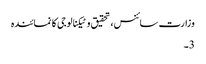
وزارت سائنس، تحقیق و ٹیکنالوجی کا نمائندہ
3۔